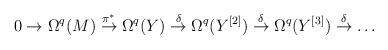
LaTeX: \begin{align*}0 \to \Omega^q(M) \stackrel{\pi^*}{\to} \Omega^q(Y)\stackrel{\delta}{\to} \Omega^q(Y^{[2]}) \stackrel{\delta}{\to}\Omega^q(Y^{[3]}) \stackrel{\delta}{\to} \dots\end{align*}